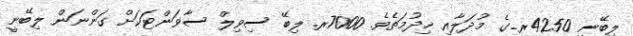
ލިބޭނީ 4250ރ.ގެ މުދަލާއި ޚިދުމަތެވެ. 7000ރ. ލިބޭ ސިވިލް ސާވަންޓަކަށް ގަންނަން ލިބޭނީ